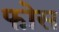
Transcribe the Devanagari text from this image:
फोस